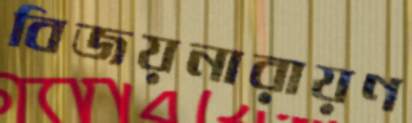
বিজয়নারায়ণ